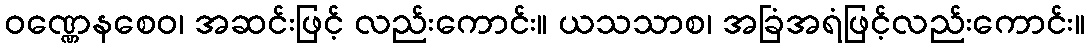
ဝဏ္ဏေနစေဝ၊ အဆင်းဖြင့် လည်းကောင်း။ ယသသာစ၊ အခြံအရံဖြင့်လည်းကောင်း။